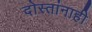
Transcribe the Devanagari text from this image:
दोस्तांनाही